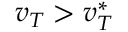
v _ { T } > v _ { T } ^ { * }